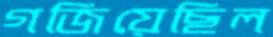
গজিয়েছিল